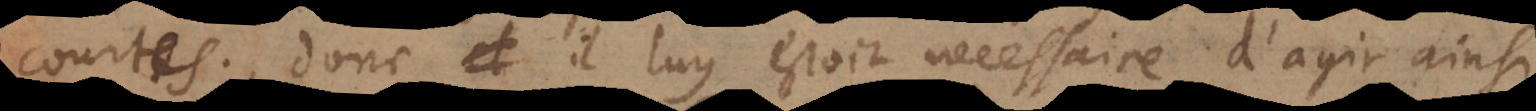
courtes; donc il luy estoit necessaire d’agir ains